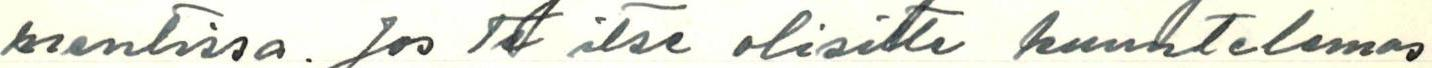
mentissa. Jos Te itse olisitte kuuntelemas